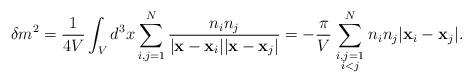
LaTeX: \begin{align*} \delta m^{2} = \frac{1}{4 V}\int_{V} d^{3}x \sum_{i,j=1}^{N}\frac{n_{i}n_{j}}{|{\bf x}-{\bf x}_{i}||{\bf x}-{\bf x}_{j}|} = -\frac{\pi}{ V}\sum_{{\scriptstyle i,j=1\atop\scriptstyle i<j}}^{N} n_{i}n_{j}|{\bf x}_{i}-{\bf x}_{j}| .\end{align*}